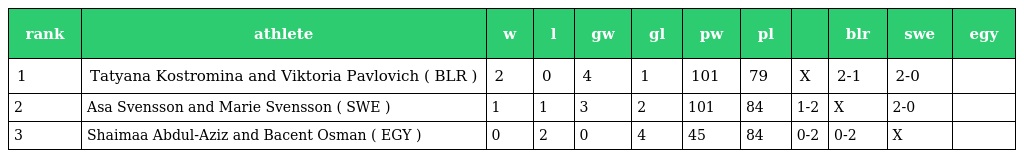
| rank | athlete | w | l | gw | gl | pw | pl |  | blr | swe | egy |
 | --- | --- | --- | --- | --- | --- | --- | --- | --- | --- | --- | --- |
 | 1 | Tatyana Kostromina and Viktoria Pavlovich ( BLR ) | 2 | 0 | 4 | 1 | 101 | 79 | X | 2-1 | 2-0 |  |
 | 2 | Asa Svensson and Marie Svensson ( SWE ) | 1 | 1 | 3 | 2 | 101 | 84 | 1-2 | X | 2-0 |  |
 | 3 | Shaimaa Abdul-Aziz and Bacent Osman ( EGY ) | 0 | 2 | 0 | 4 | 45 | 84 | 0-2 | 0-2 | X |  |